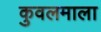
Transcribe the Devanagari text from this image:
कुवलमाला